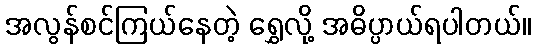
အလွန်စင်ကြယ်နေတဲ့ ရွှေလို့ အဓိပ္ပာယ်ရပါတယ်။